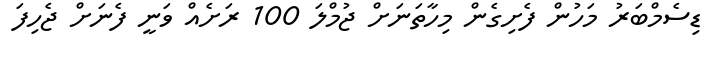
ޑިސެމްބަރު މަހުން ފެށިގެން މިހާތަނަށް ޖުމްލަ 100 ރަށެއް ވަނީ ފެނަށް ޖެހިފަ